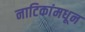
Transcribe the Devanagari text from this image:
नाटिकांमधून